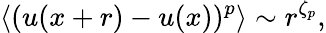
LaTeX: \langle(u(x+r)-u(x))^{p}\rangle\sim r^{\zeta_{p}},